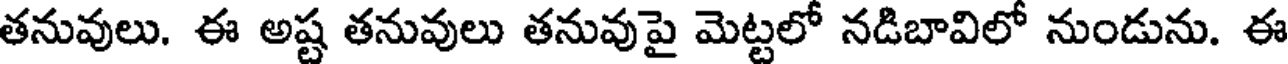
తనువులు. ఈ అష్ట తనువులు తనువుపై మెట్టలో నడిబావిలో నుండును. ఈ